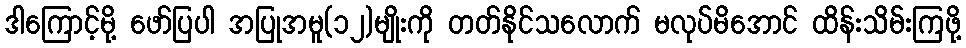
ဒါကြောင့်မို့ ဖော်ပြပါ အပြုအမူ(၁၂)မျိုးကို တတ်နိုင်သလောက် မလုပ်မိအောင် ထိန်းသိမ်းကြဖို့